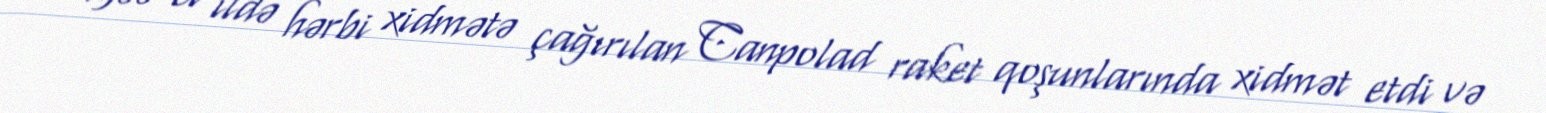
1988-ci ildə hərbi xidmətə çağırılan Canpolad raket qoşunlarında xidmət etdi və